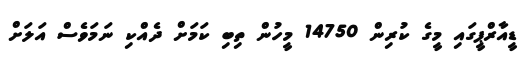
ޑީއާރްޕީގައި މީގެ ކުރިން 14750 މީހުން ތިބި ކަމަށް ދެއްކި ނަމަވެސް އަލަށް